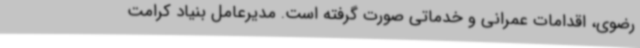
رضوی، اقدامات عمرانی و خدماتی صورت گرفته است. مدیرعامل بنیاد کرامت